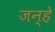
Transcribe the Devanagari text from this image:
जन्हे